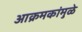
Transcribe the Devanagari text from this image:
आक्रमकांमुळे